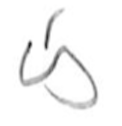
Text: is
Cross-out: clean
Writing tool: pencil